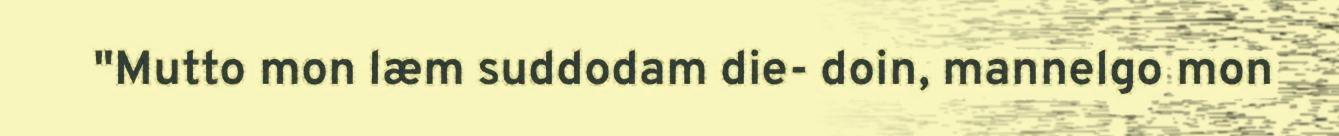
"Mutto mon læm suddodam die- doin, mannelgo mon